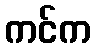
ကင်က